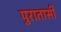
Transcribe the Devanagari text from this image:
पुरातासी